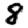
Digit: 8